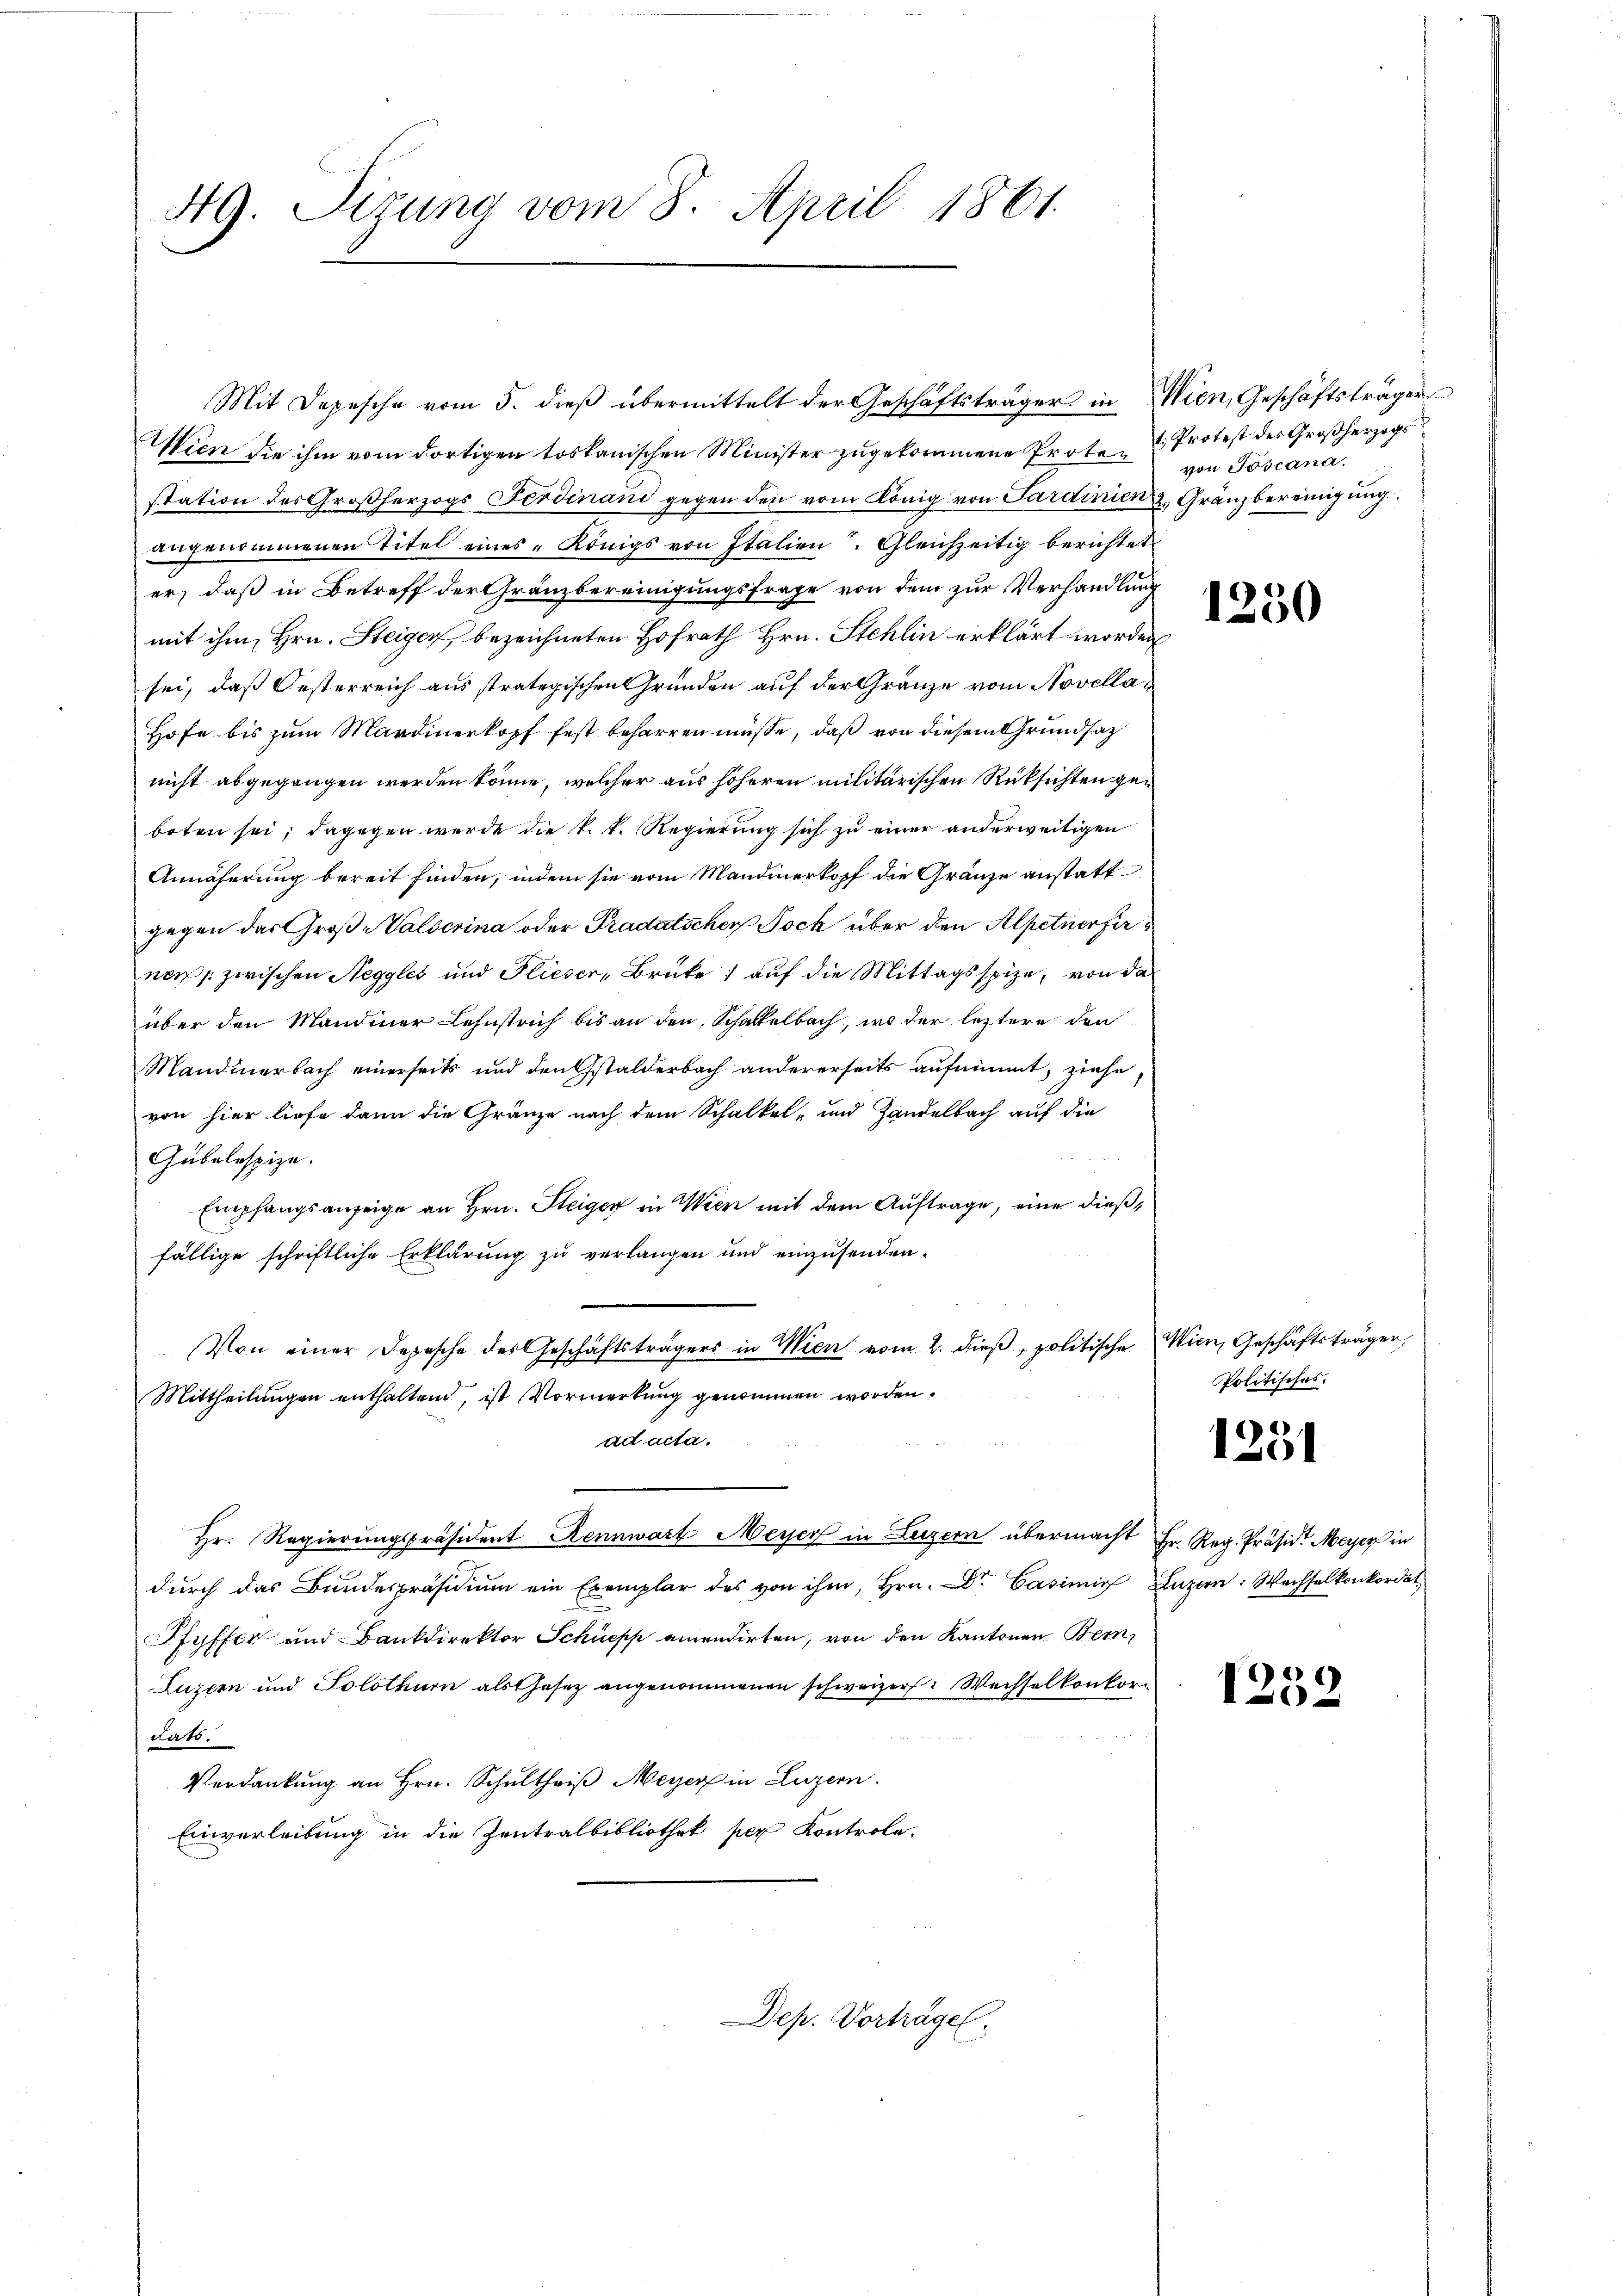
49. Sizung vom 8. April 1861.

Wien die ihm vom dortigen toskanischen Minister zugekommene Protestation des Großherzogs Ferdinand gegen den vom König von Sardinien & Gränzbereinigung.
angenommenen Titel eines Königs von Italien. Gleichzeitig berichtet
er, daß in Betreff der Gränzbereinigungsfrage von dem zur Verhandlung
mit ihm, Hrn. Steiger, bezeichneten Hofrath Hrn. Stehlin erklärt worden
sei, daß Oesterreich aus strategischen Gründen auf der Gränze vom Novella¬
Hofe bis zum Mardinerkopf fest beharren müsse, daß von diesem Grundsatz
nicht abgegangen werden könne, welcher aus höheren militärischen Rüksichten geboten sei; dagegen wurde die k. k. Regierung sich zu einer anderweitigen
Annäherung bereit finden, indem sie vom Mandenerkopf die Gränze anstatt
gegen das Große Walserina oder Pradatschen Joch über den Alpetuerferne zwischen Neggles und Flieser, Brüke) auf die Mittagsspize, von da
über den Mandiner Lehnstrich bis an den Schattelbach, ins der leztere den
Mandinerbach einerseits und den Gstalderbach andererseits aufnimmt, ziehe
von hier liefe dann die Gränze nach dem Schalkel- und Handelbach auf die
Gubelospize.
Empfangsanzeige an Hrn. Steiger in Wien mit dem Auftrage, eine dießfällige schriftliche Erklärung zu verlangen und einzusenden.
Von einer Depesche des Geschäftsträgers in Wien vom 2. dieß, politische Mien, Geschäftsträger,
Mittheilungen enthaltend, ist Vormerkung genommen worden.
ad acta.
Hr. Regierungspräsident Rennwart Meyer in Luzern übermacht Hr. Reg. Präsid. Meyer in
durch das Bundespräsidium ein Exemplar des von ihm, Hrn. Dr. Casimi Luzern: Wechselkonkordat
Pfyffer und Bankdirektor Schüepp einendirten, von den Kantonen Bern,
Luzern und Solothurn als Gesetz angenommenen schweizer Wechselkonkordats.
Verdankung an Hrn. Schultheiß Meyer in Luzern.
Einverleibung in die Zentralbibliothek per Kontrola-

Mit Depesche vom 5. dieß übermittelt der Geschäftsträger in Wien, Geschäftsträger

Dep. Vorträge.

t Protest der Großherzogs
von Toscana.

1250

Politisches.

1231

1252